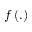
f \left( . \right)